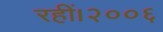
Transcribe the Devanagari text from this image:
रहीं।२००६